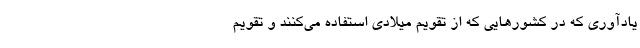
یادآوری که در کشورهایی که از تقویم میلادی استفاده می‌کنند و تقویم